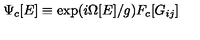
\Psi _ { c } [ E ] \equiv \exp ( i \Omega [ E ] / g ) F _ { c } [ G _ { i j } ]